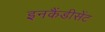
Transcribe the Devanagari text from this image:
इनकैंडीसेंट